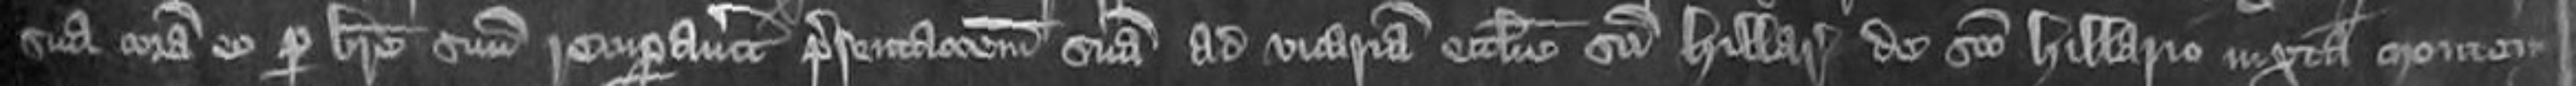
sua coram eo per breve suum recuperavitur presentationem suam ad vicariam ecclesie Sancti Hillarii de Sancto Hillario iuxta Montem